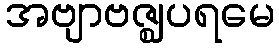
အဗျာဗဇ္ဈပရမေ